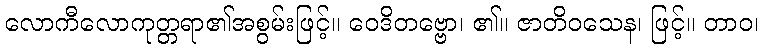
လောကီလောကုတ္တရာ၏အစွမ်းဖြင့်။ ဝေဒိတဗ္ဗော၊ ၏။ ဇာတိဝသေန၊ ဖြင့်။ တာဝ၊